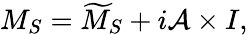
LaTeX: M_{S}=\widetilde{M}_{S}+i{\cal A}\times I,